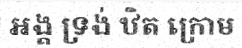
អង្គ ទ្រង់ ឋិត ក្រោម